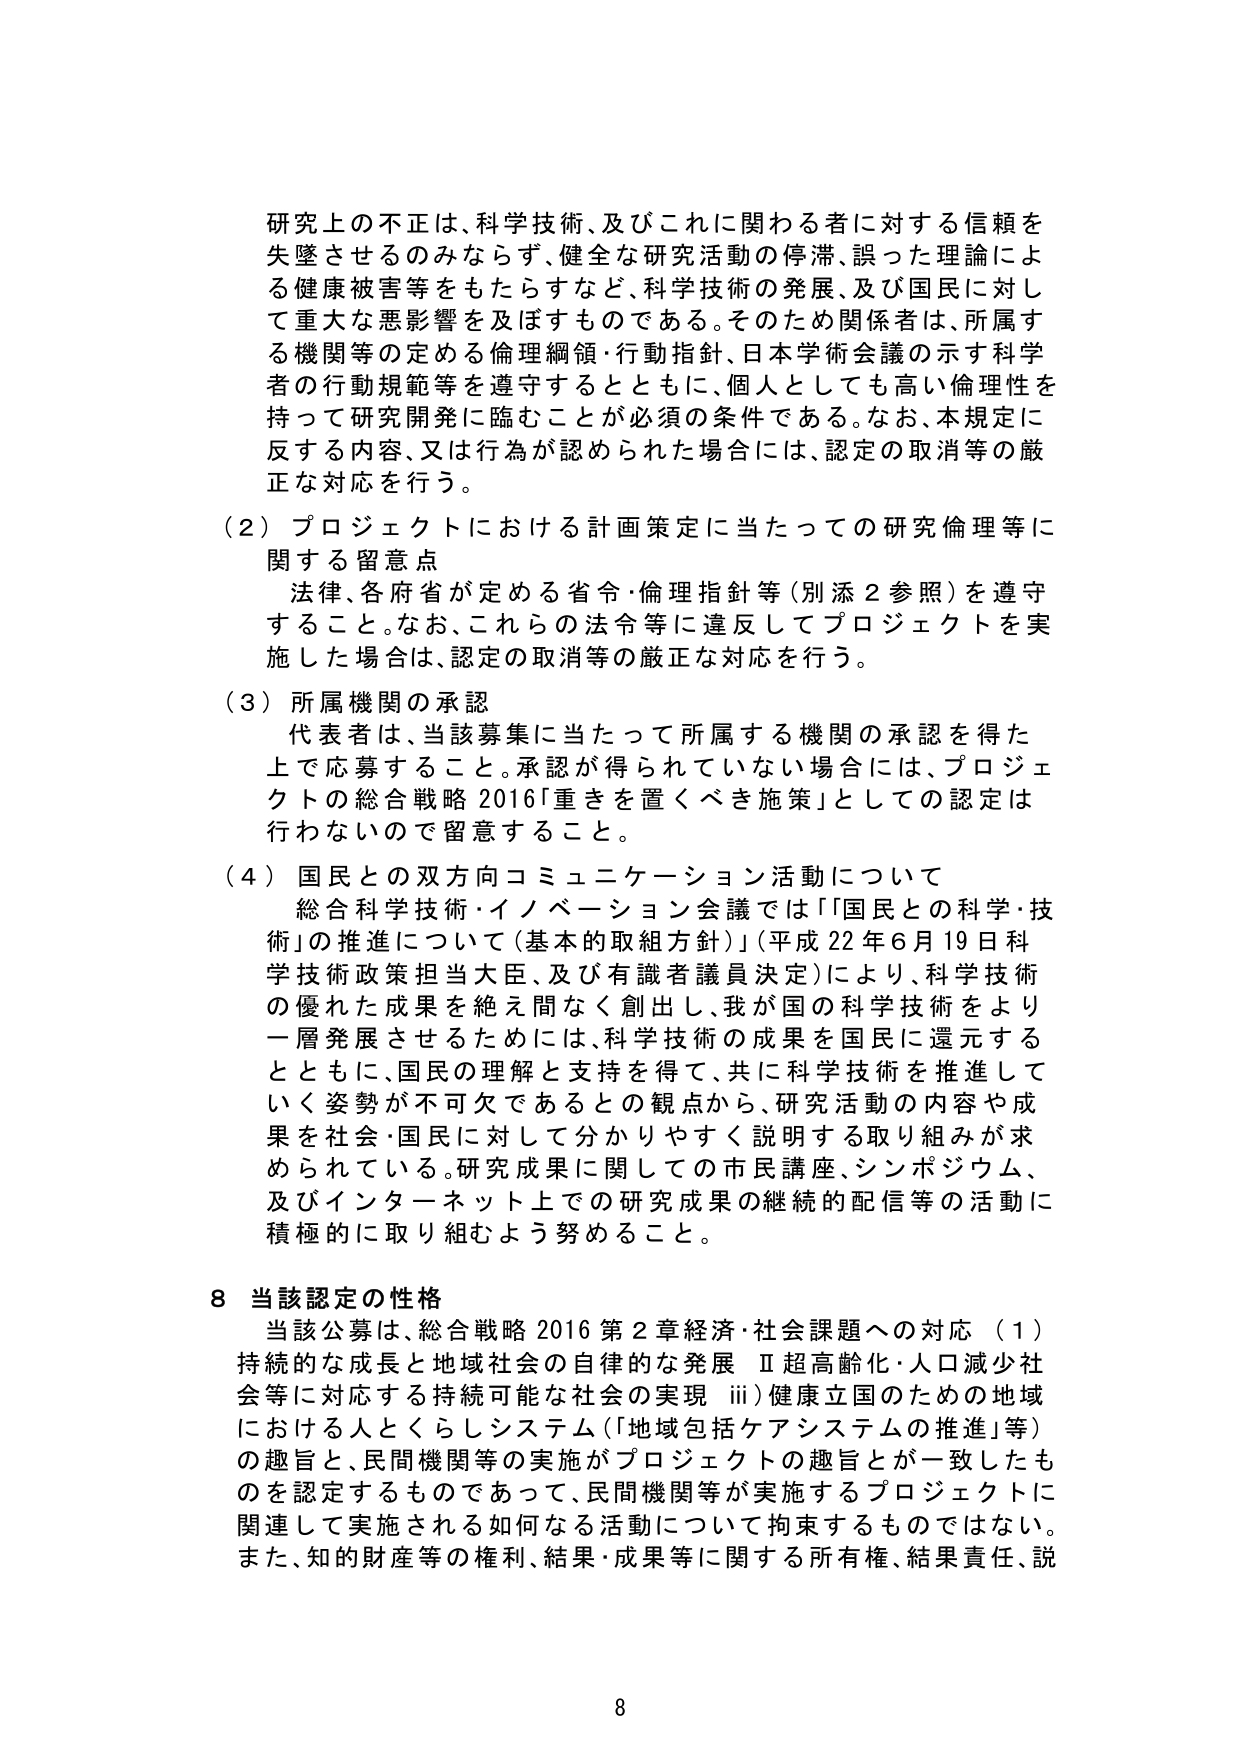
研究上の不正は、科学技術、及びこれに関わる者に対する信頼を失墜させるのみならず、健全な研究活動の停滞、誤った理論による健康被害等をもたらすなど、科学技術の発展、及び国民に対して重大な悪影響を及ぼすものである。そのため関係者は、所属する機関等の定める倫理綱領・行動指針、日本学術会議の示す科学者の行動規範等を遵守するとともに、個人としても高い倫理性を持って研究開発に臨むことが必須の条件である。なお、本規定に反する内容、又は行為が認められた場合には、認定の取消等の厳正な対応を行う。

（２）プロジェクトにおける計画策定に当たっての研究倫理等に関する留意点
法律、各府省が定める省令・倫理指針等（別添２参照）を遵守すること。なお、これらの法令等に違反してプロジェクトを実施した場合は、認定の取消等の厳正な対応を行う。

（３）所属機関の承認
代表者は、当該募集に当たって所属する機関の承認を得た上で応募すること。承認が得られていない場合には、プロジェクトの総合戦略2016「重きを置くべき施策」としての認定は行わないのを留意すること。

（４）国民との双方向コミュニケーション活動について
総合科学技術・イノベーション会議では「国民との科学・技術」の推進について（基本的取組方針）（平成22年6月19日科学技術政策担当大臣、及び有識者議員決定）により、科学技術の優れた成果を絶え間なく創出し、我が国の科学技術をより一層発展させるためには、科学技術の成果を国民に還元するとともに、国民の理解と支持を得て、共に科学技術を推進していく姿勢が不可欠であるとの観点から、研究活動の内容や成果を社会・国民に対して分かりやすく説明する取り組みが求められている。研究成果に関しての市民講座、シンポジウム、及びインターネット上での研究成果の継続的配信等の活動に積極的に取り組むよう努めること。

８ 当該認定の性格
当該公募は、総合戦略2016第２章経済・社会課題への対応（ⅰ）持続的な成長と地域社会の自律的な発展 Ⅱ超高齢化・人口減少社会等に対応する持続可能な社会の実現 ⅲ）健康立国のための地域における人とくらしシステム（「地域包括ケアシステムの推進」等）の趣旨と、民間機関等の実施がプロジェクトの趣旨とが一致したものと認定するものであって、民間機関等が実施するプロジェクトに関連して実施される如何なる活動について拘束するものではない。また、知的財産等の権利、結果・成果等に関する所有権、結果責任、説

8